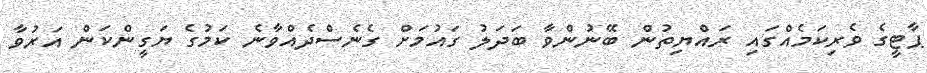
ޕާޓީގެ ވެރިކަމެއްގައި ރައްޔިތުން ބޭނުންވާ ބަދަލު ގައުމަށް ގެނެސްދެއްވާނެ ކަމުގެ ޔަގީންކަން އަރުވާ